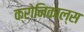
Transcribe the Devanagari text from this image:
क्रोनिकाल्स